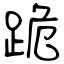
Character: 跪